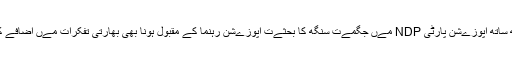
اس کے ساتھ ساتھ اپوزےشن پارٹی NDP مےں جگمےت سنگھ کا بحثےت اپوزےشن رہنما کے مقبول ہونا بھی بھارتی تفکرات مےں اضافے کا باعث ہے۔